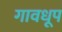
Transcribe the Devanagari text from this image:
गावधूप